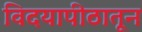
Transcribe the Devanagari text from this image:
विदयापीठातून